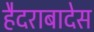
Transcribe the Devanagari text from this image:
हैदराबादेस